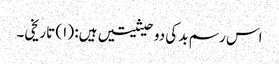
اس رسم بد کی دو حیثیتیں ہیں: (۱) تاریخی۔